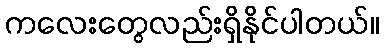
ကလေးတွေလည်းရှိနိုင်ပါတယ်။